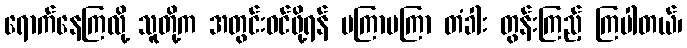
ရောက်နေကြလို့ သူတို့က အတွင်းဝင်ဖို့ရန် မကြာမကြာ တံခါး တွန်းကြည့် ကြပါတယ်၊